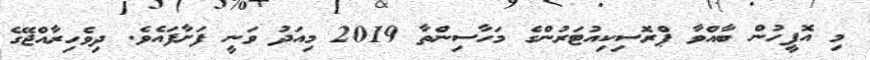
މި އޮފީހުން ބާއްވާ ޕްރޮސިކިއުޓަރުންގެ މަހާސިންތާ 2019 މިއަދު ވަނީ ފަށާފައެވެ. ދިވެހިރާއްޖޭގެ